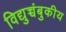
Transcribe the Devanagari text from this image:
विद्युच्चंबुकीय